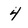
Character: 4